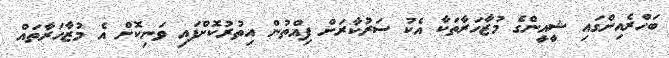
ބަހްރެއިންގައި ޝީއީންގެ މުޒާހަރާތަކާ އެކު ސަރުކާރަށް ފިއްތުން އިތުރުކޮށްފައި ވަނިކޮށް އެ މުޒާހަރާތައް